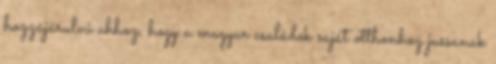
hozzájárulni ahhoz, hogy a magyar családok saját otthonhoz jussanak